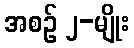
အစဉ် ၂-မျိုး